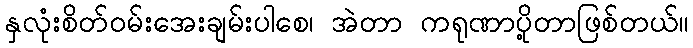
နှလုံးစိတ်ဝမ်းအေးချမ်းပါစေ၊ အဲတာ ကရုဏာပို့တာဖြစ်တယ်။